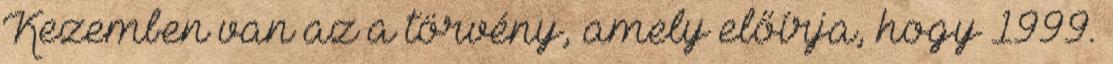
Kezemben van az a törvény, amely előírja, hogy 1999.